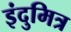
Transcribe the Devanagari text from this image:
इंदुमित्र